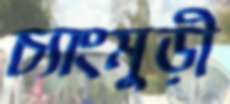
চ্যাংমুড়ী